Proceedings of the meeting of veterinary officers in India
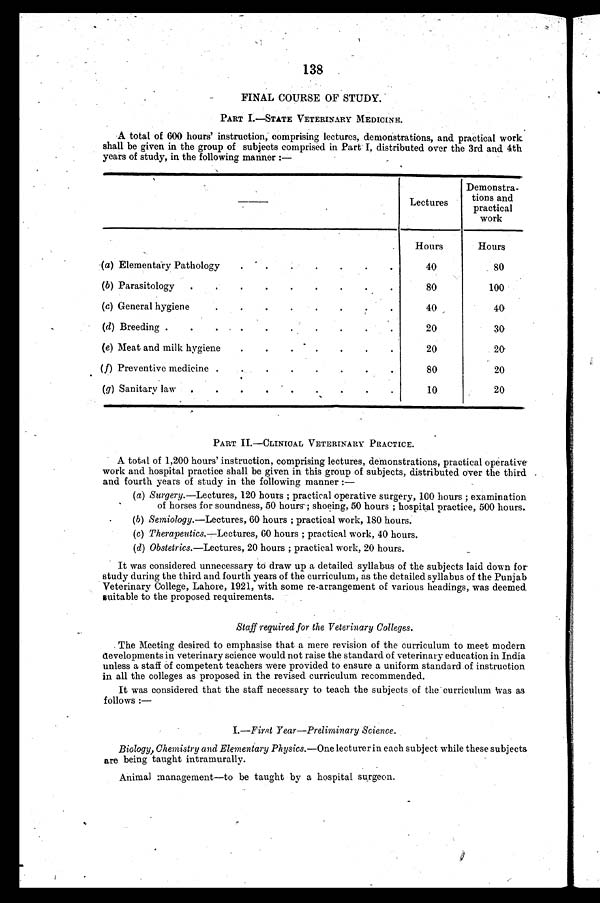
138
FINAL COURSE OF STUDY.
PART I.–STATE VETERINARY MEDICINE.
A total of 600 hours' instruction, comprising lectures, demonstrations, and practical work
shall be given in the group of subjects comprised in Part I, distributed over the 3rd and 4th
years of study, in the following manner:—
(a) Elementary Pathology
.
.
.
.
.
.
.
(b) Parasitology
.
.
.
.
.
.
.
.
.
(c) General hygiene
.
.
.
.
.
.
.
.
(d) Breeding .
.
.
.
.
.
.
.
.
.
(e) Meat and milk hygiene
.
.
.
.
.
.
.
(f) Preventive medicine .
.
.
.
.
.
.
.
(g) Sanitary law
.
.
.
.
.
.
.
.
.
Lectures
Hours
40
80
40
20
20
80
10
Demonstra-
tions and
practical
work
Hours
80
100
40
30
20
20
20
PART II.–CLINICAL VETERINARY PRACTICE.
A total of 1,200 hours' instruction, comprising lectures, demonstrations, practical operative
work and hospital practice shall be given in this group of subjects, distributed over the third
and fourth years of study in the following manner:—
(a) Surgery.—Lectures, 120 hours; practical operative surgery, 100 hours; examination
of horses for soundness, 50 hours; shoeing, 50 hours; hospital practice, 500 hours.
(b) Semiology.—Lectures, 60 hours; practical work, 180 hours.
(c) Therapeutics.—Lectures, 60 hours; practical work, 40 hours.
(d) Obstetrics.—Lectures, 20 hours; practical work, 20 hours.
It was considered unnecessary to draw up a detailed syllabus of the subjects laid down for
study during the third and fourth years of the curriculum, as the detailed syllabus of the Punjab
Veterinary College, Lahore, 1921, with some re-arrangement of various headings, was deemed
suitable to the proposed requirements.
Staff required for the Veterinary Colleges.
The Meeting desired to emphasise that a mere revision of the curriculum to meet modern
developments in veterinary science would not raise the standard of veterinary education in India
unless a staff of competent teachers were provided to ensure a uniform standard of instruction
in all the colleges as proposed in the revised curriculum recommended.
It was considered that the staff necessary to teach the subjects of the curriculum was as
follows:—
I.—First Year—Preliminary Science.
Biology, Chemistry and Elementary Physics.—One lecturer in each subject while these subjects
are being taught intramurally.
Animal management—to be taught by a hospital surgeon.